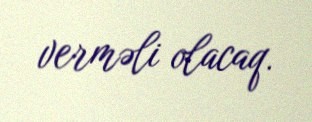
verməli olacaq.